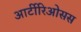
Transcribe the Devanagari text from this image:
आर्टीरिओसस